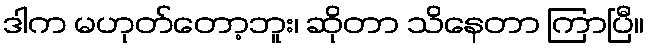
ဒါက မဟုတ်တော့ဘူး၊ ဆိုတာ သိနေတာ ကြာပြီ။